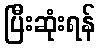
ပြီးဆုံးရန်